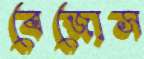
বেজোস